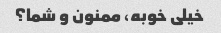
خیلی خوبه، ممنون و شما؟